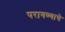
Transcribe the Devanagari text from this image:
परागण्याचे